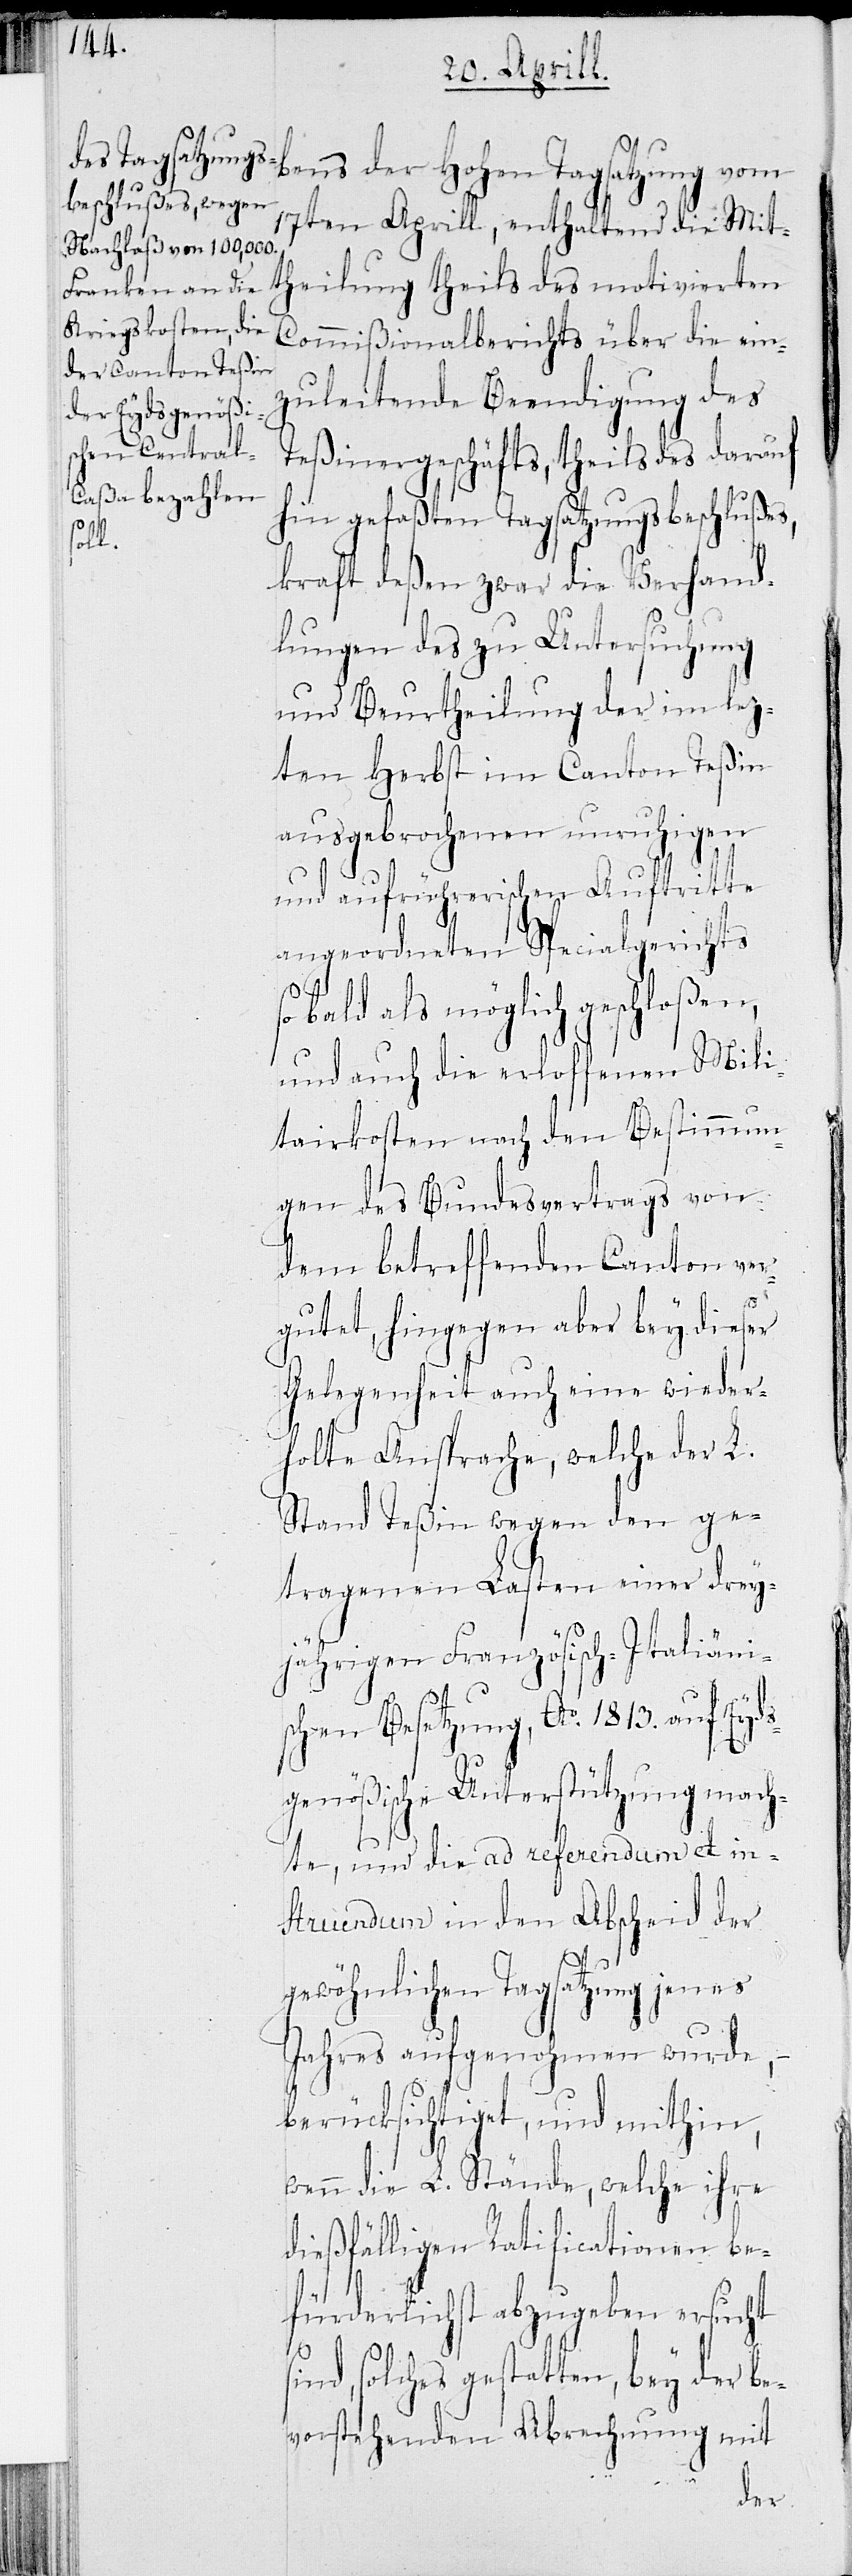
si¬

bens der Hohen Tagsatzung vom
17ten Aprill, enthaltend die Mit¬
theilung theils des motivierten
Commißionalberichts über die ein¬
zuleitende Beendigung des
Teßinergeschäfts, theils des darauf
hin gefaßten Tagsatzungsbeschlußes,
kraft deßen zwar die Verhand¬
lungen des zu Untersuchung
und Beurtheilung der im lez¬
ten Herbst im Canton Teßin
ausgebrochenen unruhigen
und aufrührerischen Auftritte
angeordneten Spezialgerichts
bald als möglich geschloßen,
und auch die erloffenen Mili¬
tairkosten nach den Bestimmun¬
gen des Bundesvertrags von
dem betreffenden Canton ver¬
gütet, hingegen aber bey dieser
Gelegenheit auch eine wieder¬
holte Ansprache, welche der L.
Stand Teßin wegen den ge¬
tragenen Lasten einer drey¬
jährigen Französisch-Italiäni¬
schen Besetzung, Ao. 1813 auf Eyds¬
genößische Unterstützung mach¬
te, und die ad referendum et in¬
struendum in den Abscheid der
gewöhnlichen Tagsatzung jenes
Jahres aufgenohmen wurde,
berücksichtiget, und mithin,
wenn die L. Stände, welche ihre
dießfälligen Ratificationen be¬
fürderlichst abzugeben ersucht
nd, solches gestatten, bey der be¬
vorstehenden Abrechnung mit